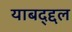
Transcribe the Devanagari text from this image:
याबद्द्दल